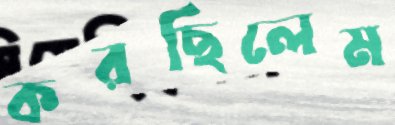
করছিলেম